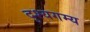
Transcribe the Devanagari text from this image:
दृश्यगम्य